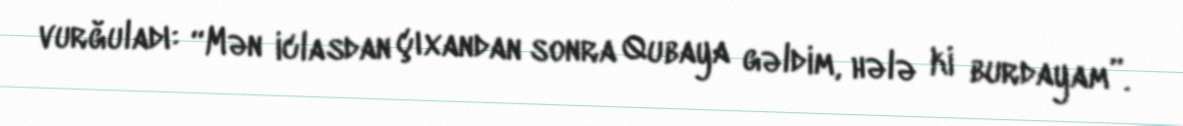
vurğuladı: “Mən iclasdan çıxandan sonra Qubaya gəldim, hələ ki burdayam”.